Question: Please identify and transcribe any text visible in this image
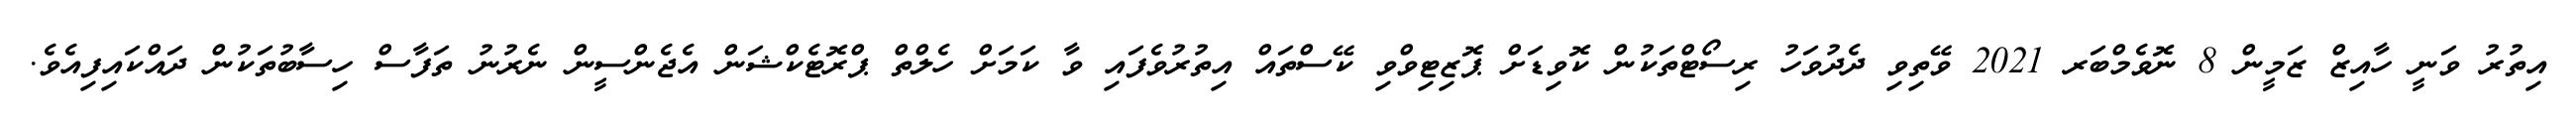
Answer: އިތުރު ވަނީ ހާއިޒް ޒަމީން 8 ނޮވެމްބަރ 2021 ވޭތިވި ދެދުވަހު ރިސޯޓްތަކުން ކޮވިޑަށް ޕޮޒިޓިވްވި ކޭސްތައް އިތުރުވެފައި ވާ ކަމަށް ހެލްތް ޕްރޮޓެކްޝަން އެޖެންސީން ނެރުނު ތަފާސް ހިސާބުތަކުން ދައްކައިފިއެވެ.